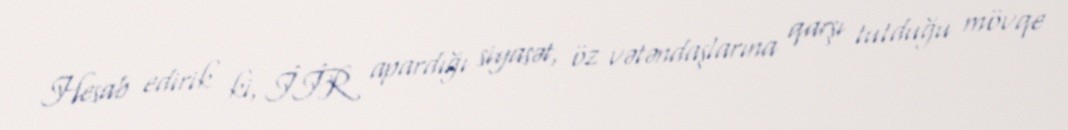
Hesab edirik ki, İİR apardığı siyasət, öz vətəndaşlarına qarşı tutduğu mövqe